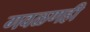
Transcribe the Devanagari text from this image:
गवळणही